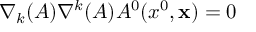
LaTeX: \nabla _ { k } ( A ) \nabla ^ { k } ( A ) A ^ { 0 } ( x ^ { 0 } , { \bf x } ) = 0